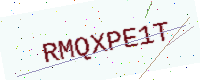
Text: RMQXPE1T